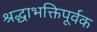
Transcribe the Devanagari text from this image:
श्रद्धाभक्तिपूर्वक